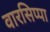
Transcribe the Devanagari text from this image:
वारसिप्पा